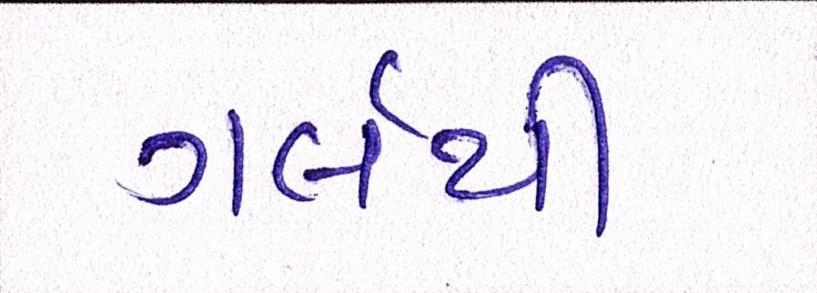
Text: ગર્લથી